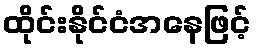
ထိုင်းနိုင်ငံအနေဖြင့်